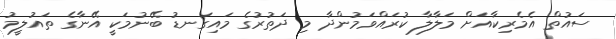
ސައުތް އެމެރިކާއަށް މަލާލާ ކުރައްވަމުންދާ މި ދަތުރުގެ މައިގަނޑު ބޭނުމަކީ އޭނާގެ ތައުލީމު